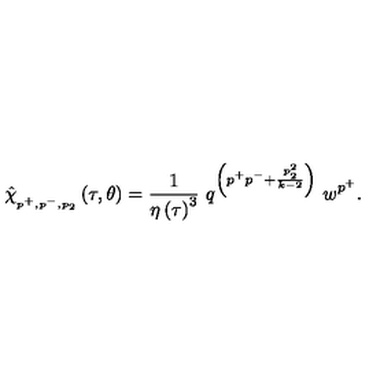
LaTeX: \hat { \chi } _ { _ { p ^ { + } , p ^ { - } , p _ { 2 } } } \left( \tau , \theta \right) = \frac { 1 } { \eta \left( \tau \right) ^ { 3 } } \ q ^ { \left( p ^ { + } p ^ { - } + \frac { p _ { 2 } ^ { 2 } } { k - 2 } \right) } \ w ^ { p ^ { + } } .